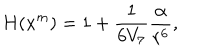
LaTeX: H ( x ^ { m } ) = 1 + \frac { 1 } { 6 V _ { 7 } } \frac { \alpha } { r ^ { 6 } } ,